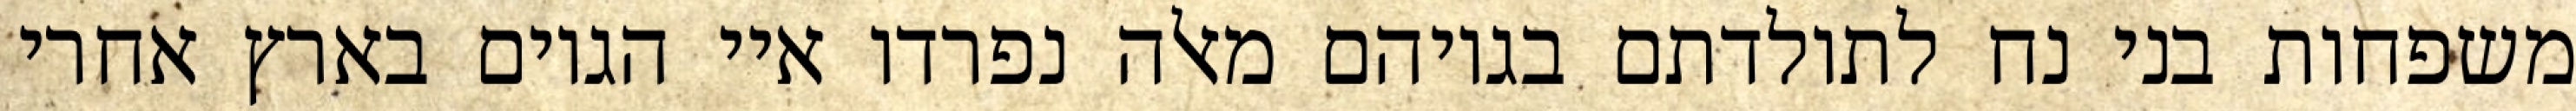
משפחות בני נח לתולדתם בגויהם מאלה נפרדו איי הגוים בארץ אחרי